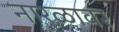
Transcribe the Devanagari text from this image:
नारळावर